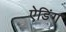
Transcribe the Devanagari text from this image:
ऐडिंग